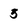
Character: 5